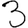
Digit: 3